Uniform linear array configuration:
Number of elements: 64
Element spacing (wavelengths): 1
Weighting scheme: cosine
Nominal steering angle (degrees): -60
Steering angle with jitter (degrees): -58.531
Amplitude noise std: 0.05
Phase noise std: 0.05

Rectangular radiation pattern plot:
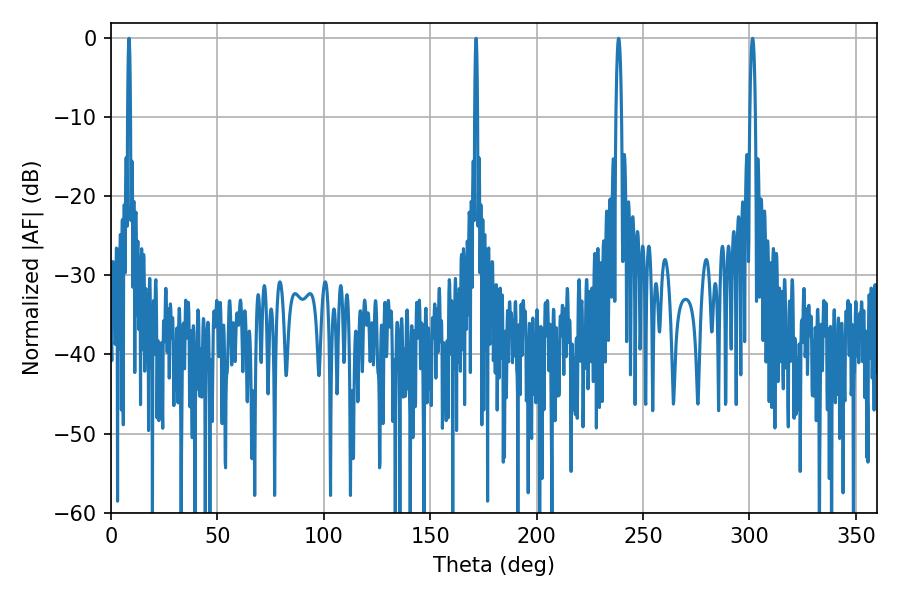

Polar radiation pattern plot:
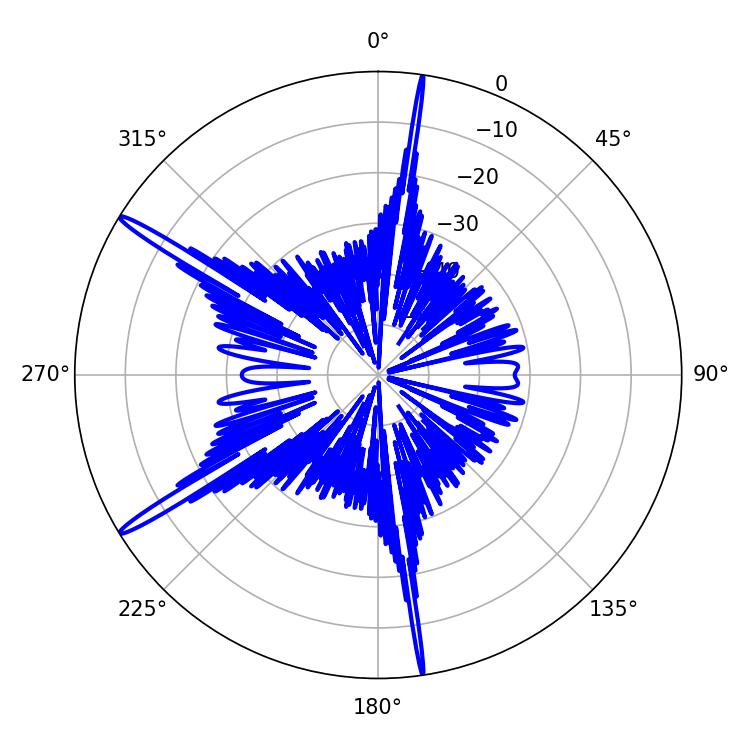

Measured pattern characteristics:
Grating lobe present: TRUE
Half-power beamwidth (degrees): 0.72
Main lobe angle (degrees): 8.46